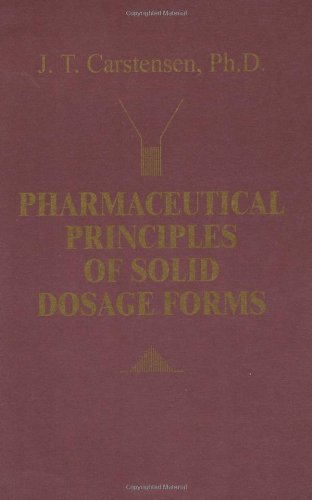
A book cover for Pharmaceutical Principles of Solid Dosage Forms; Jens T. Carstensen; Medical Books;